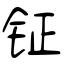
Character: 钲